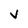
Character: V